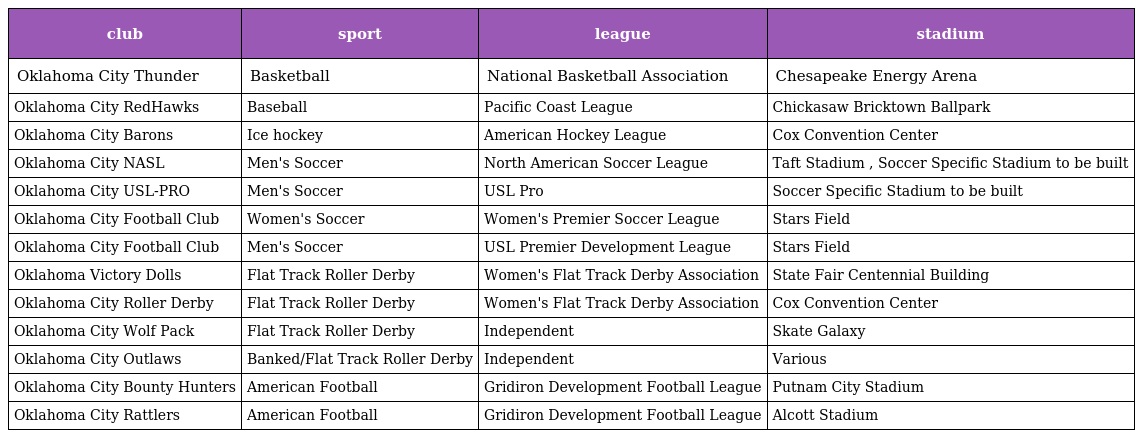
| club | sport | league | stadium |
 | --- | --- | --- | --- |
 | Oklahoma City Thunder | Basketball | National Basketball Association | Chesapeake Energy Arena |
 | Oklahoma City RedHawks | Baseball | Pacific Coast League | Chickasaw Bricktown Ballpark |
 | Oklahoma City Barons | Ice hockey | American Hockey League | Cox Convention Center |
 | Oklahoma City NASL | Men's Soccer | North American Soccer League | Taft Stadium , Soccer Specific Stadium to be built |
 | Oklahoma City USL-PRO | Men's Soccer | USL Pro | Soccer Specific Stadium to be built |
 | Oklahoma City Football Club | Women's Soccer | Women's Premier Soccer League | Stars Field |
 | Oklahoma City Football Club | Men's Soccer | USL Premier Development League | Stars Field |
 | Oklahoma Victory Dolls | Flat Track Roller Derby | Women's Flat Track Derby Association | State Fair Centennial Building |
 | Oklahoma City Roller Derby | Flat Track Roller Derby | Women's Flat Track Derby Association | Cox Convention Center |
 | Oklahoma City Wolf Pack | Flat Track Roller Derby | Independent | Skate Galaxy |
 | Oklahoma City Outlaws | Banked/Flat Track Roller Derby | Independent | Various |
 | Oklahoma City Bounty Hunters | American Football | Gridiron Development Football League | Putnam City Stadium |
 | Oklahoma City Rattlers | American Football | Gridiron Development Football League | Alcott Stadium |